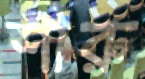
শীরু